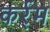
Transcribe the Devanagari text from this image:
कर्र्म